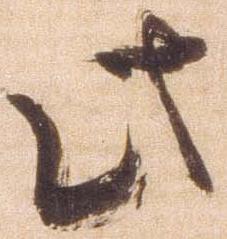
此